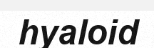
hyaloid